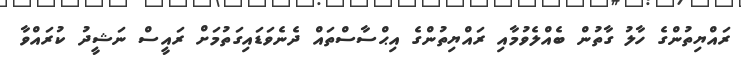
ރައްޔިތުންގެ ހާލު ގާތުން ބެއްލެވުމާއި ރައްޔިތުންގެ އިޙްސާސްތައް ދެނެވަޑައިގަތުމަށް ރައީސް ނަޝީދު ކުރައްވާ